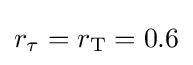
r_{\tau }=r_{\text{T}}=0.6